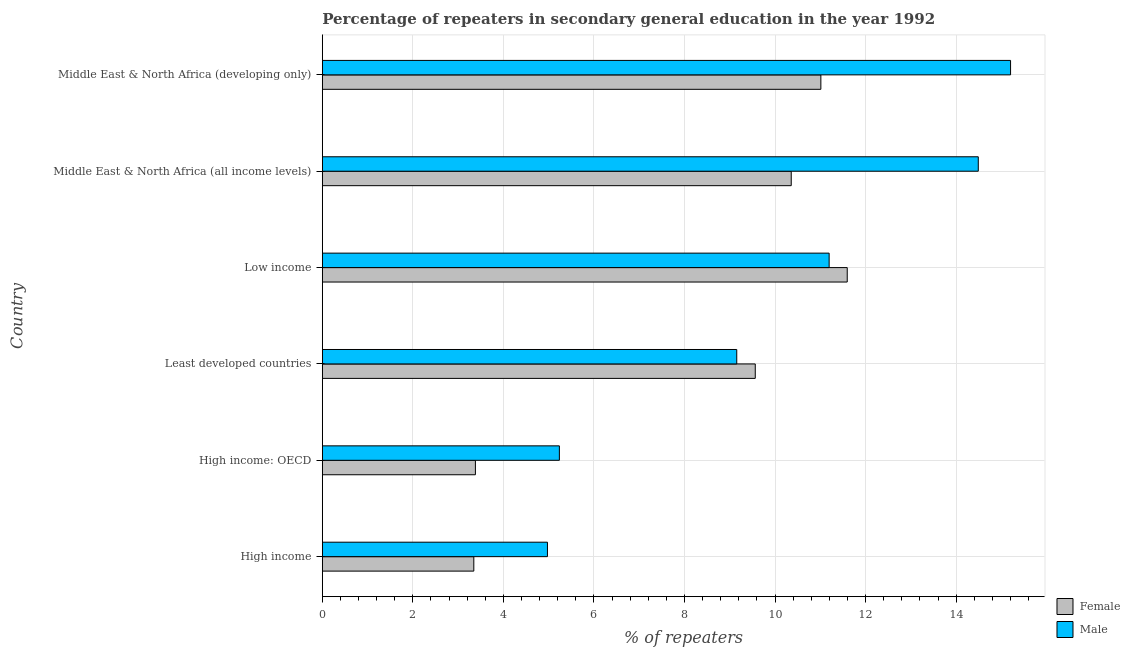
| Country | Female | Male |
 | --- | --- | --- |
 | High income | 3.35 | 4.97 |
 | High income: OECD | 3.38 | 5.24 |
 | Least developed countries | 9.56 | 9.15 |
 | Low income | 11.6 | 11.2 |
 | Middle East & North Africa (all income levels) | 10.4 | 14.5 |
 | Middle East & North Africa (developing only) | 11 | 15.2 |